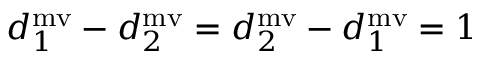
d _ { 1 } ^ { \mathrm { m v } } - d _ { 2 } ^ { \mathrm { m v } } = d _ { 2 } ^ { \mathrm { m v } } - d _ { 1 } ^ { \mathrm { m v } } = 1